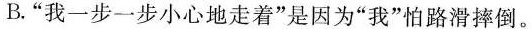
B.”我一步一步小心地走着”是因为”我”怕路滑摔倒。